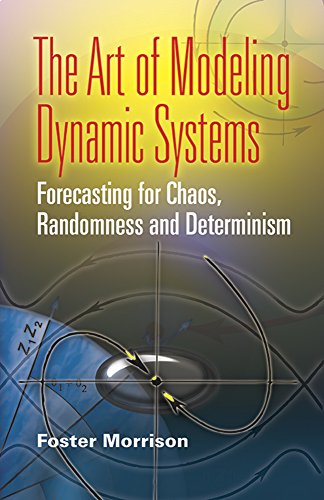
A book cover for The Art of Modeling Dynamic Systems: Forecasting for Chaos, Randomness and Determinism (Dover Books on Computer Science); Foster Morrison; Science & Math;